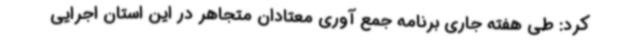
کرد: طی هفته جاری برنامه جمع آوری معتادان متجاهر در این استان اجرایی